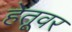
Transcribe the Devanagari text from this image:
हेतूवर